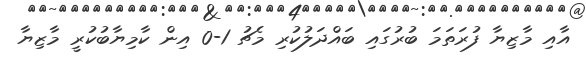
އާއި މާޒިޔާ ފުރަތަމަ ބުރުގައި ބައްދަލުކުރި މެޗު 1-0 އިން ކާމިޔާބުކުރީ މާޒިޔާ